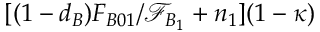
[ ( 1 - d _ { B } ) F _ { B 0 1 } / \mathcal { F } _ { B _ { 1 } } + n _ { 1 } ] ( 1 - \kappa )